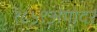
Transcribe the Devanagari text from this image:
१८५९अगोदर